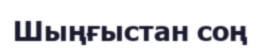
Шыңғыстан соң